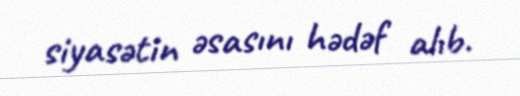
siyasətin əsasını hədəf alıb.